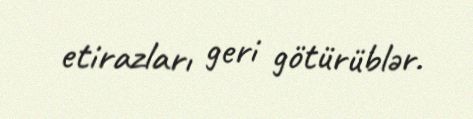
etirazları geri götürüblər.